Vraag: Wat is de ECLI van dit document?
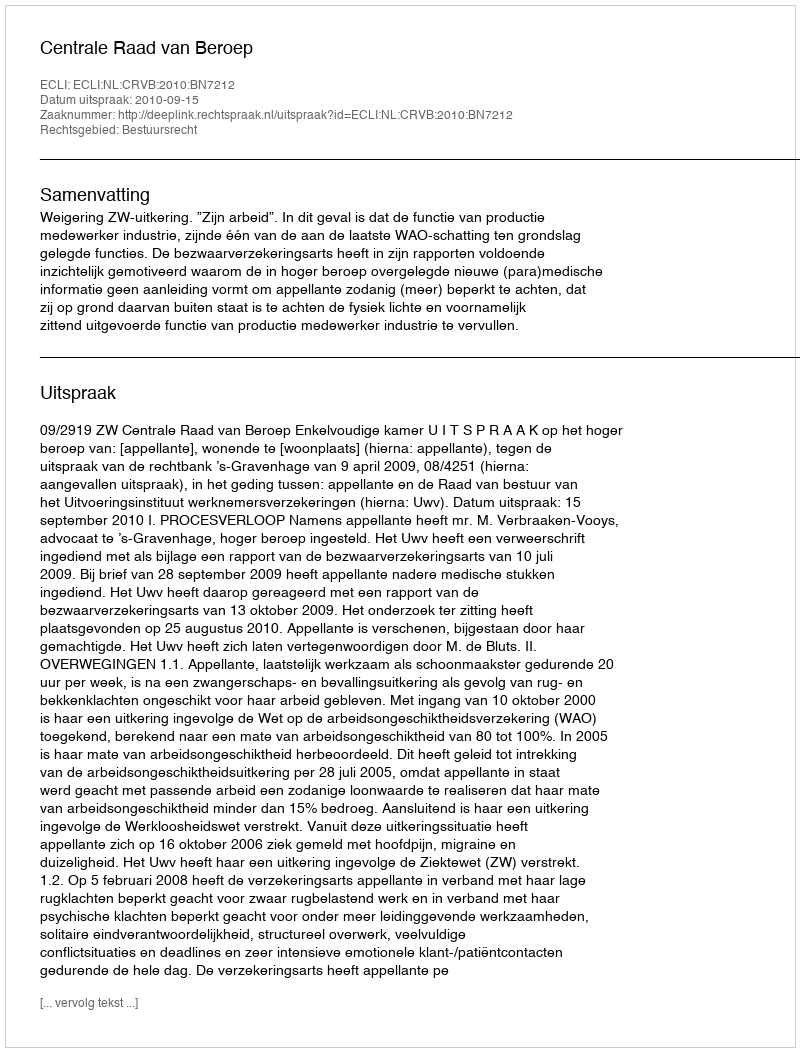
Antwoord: ECLI:NL:CRVB:2010:BN7212